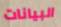
البيانات